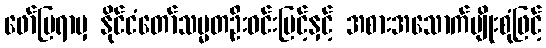
ဖော်ပြရာမှ နိုင်ငံတော်သမ္မတဦးဝင်းမြင့်နှင့် အစားအသောက်မျိုးစုံဖြင့်